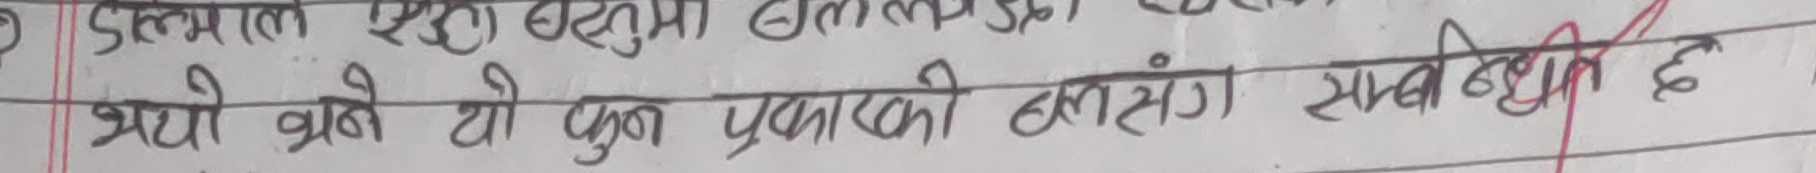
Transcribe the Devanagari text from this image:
उत्तमल एउटा बसुमा छोलाउछ। यस
भयो आयो यो कुन प्रकारको हत्सँग संबधित छ